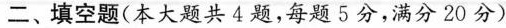
二、填空题（本大题共4题，每题5分，满分20分）